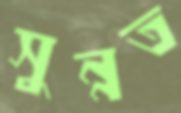
সুন্নত